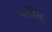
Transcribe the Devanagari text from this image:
ब्लंडेल